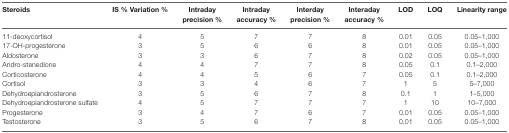
<table><thead><tr><td><b>Steroids</b></td><td><b>IS % Variation %</b></td><td><b>Intraday precision %</b></td><td><b>Intraday accuracy %</b></td><td><b>Interday precision %</b></td><td><b>Interaday accuracy %</b></td><td><b>LOD</b></td><td><b>LOQ</b></td><td><b>Linearity range</b></td></tr></thead><tbody><tr><td>11-deoxycortisol</td><td>4</td><td>5</td><td>7</td><td>7</td><td>8</td><td>0.01</td><td>0.05</td><td>0.05–1,000</td></tr><tr><td>17-OH-progesterone</td><td>3</td><td>5</td><td>6</td><td>6</td><td>8</td><td>0.01</td><td>0.05</td><td>0.05–1,000</td></tr><tr><td>Aldosterone</td><td>3</td><td>3</td><td>6</td><td>7</td><td>8</td><td>0.02</td><td>0.05</td><td>0.05–1,000</td></tr><tr><td>Andro-stenedione</td><td>4</td><td>4</td><td>7</td><td>7</td><td>8</td><td>0.05</td><td>0.1</td><td>0.1–2,000</td></tr><tr><td>Corticosterone</td><td>4</td><td>4</td><td>5</td><td>6</td><td>7</td><td>0.05</td><td>0.1</td><td>0.1–2,000</td></tr><tr><td>Cortisol</td><td>3</td><td>3</td><td>4</td><td>6</td><td>7</td><td>1</td><td>5</td><td>5–7,000</td></tr><tr><td>Dehydroepiandrosterone</td><td>3</td><td>5</td><td>6</td><td>7</td><td>8</td><td>0.1</td><td>1</td><td>1–5,000</td></tr><tr><td>Dehydroepiandrosterone sulfate</td><td>4</td><td>5</td><td>7</td><td>7</td><td>7</td><td>1</td><td>10</td><td>10–7,000</td></tr><tr><td>Progesterone</td><td>3</td><td>4</td><td>7</td><td>6</td><td>7</td><td>0.01</td><td>0.05</td><td>0.05–1,000</td></tr><tr><td>Testosterone</td><td>3</td><td>5</td><td>6</td><td>7</td><td>8</td><td>0.01</td><td>0.05</td><td>0.05–1,000</td></tr></tbody></table>